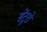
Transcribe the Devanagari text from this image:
सेंटूरों